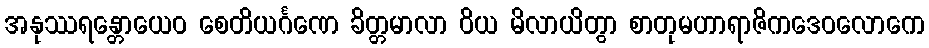
အနုဿရန္တောယေဝ စေတိယင်္ဂဏေ ခိတ္တမာလာ ဝိယ မိလာယိတွာ စာတုမဟာရာဇိကဒေဝလောကေ